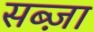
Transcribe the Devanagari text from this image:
सब्ज़ा